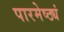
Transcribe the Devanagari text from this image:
पारमेष्ठ्यं